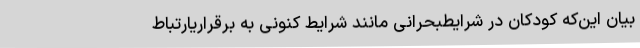
بیان این‌که کودکان در شرایطبحرانی مانند شرایط کنونی به برقراریارتباط